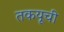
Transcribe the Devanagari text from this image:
तकयूची